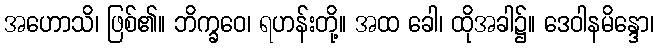
အဟောသိ၊ ဖြစ်၏။ ဘိက္ခဝေ၊ ရဟန်းတို့။ အထ ခေါ၊ ထိုအခါ၌။ ဒေဝါနမိန္ဒော၊